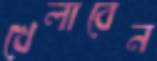
খেলাবেন